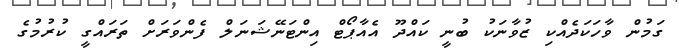
ގަމުން ވާހަކަދެއްކި ޒުވާނަކު ބުނީ ކައްދޫ އެއާޕޯޓް އިންޓަނޭޝަނަލް ފެންވަރަށް ތަރައްގީ ކުރުމުގެ